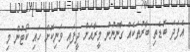
އެފަދަ ބޮޑެތި ބާރުތަކެއް ގާނޫނުން މީރާއަށް ދީފައި ވަނިކޮށް ހައި ކޯޓުން މި